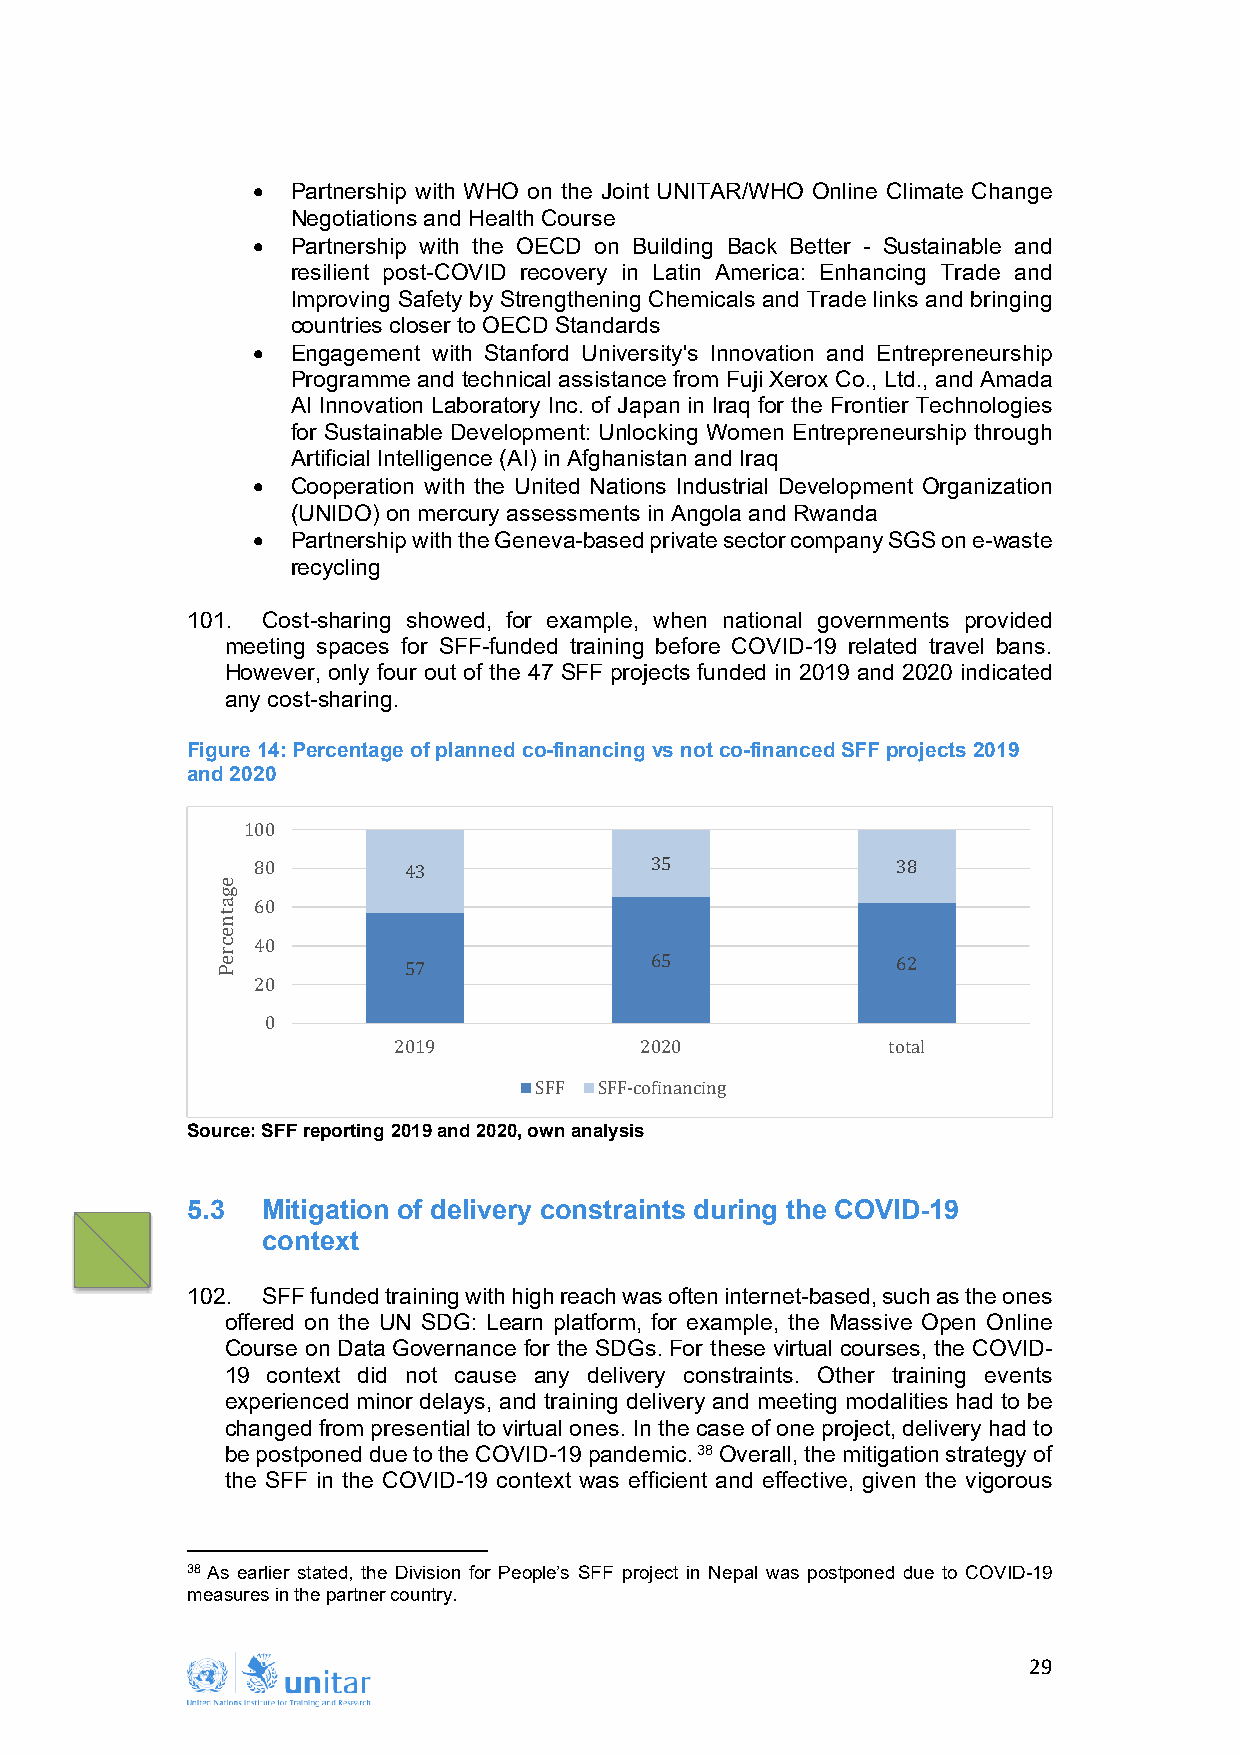
• Partnership with WHO on the Joint UNITAR/WHO Online Climate Change
 Negotiations and Health Course
 • Partnership with the OECD on Building Back Better - Sustainable and
 resilient post-COVID recovery in Latin America: Enhancing Trade and
 Improving Safety by Strengthening Chemicals and Trade links and bringing
 countries closer to OECD Standards
 • Engagement with Stanford University's Innovation and Entrepreneurship
 Programme and technical assistance from Fuji Xerox Co., Ltd., and Amada
 AI Innovation Laboratory Inc. of Japan in Iraq for the Frontier Technologies
 for Sustainable Development: Unlocking Women Entrepreneurship through
 Artificial Intelligence (AI) in Afghanistan and Iraq
 • Cooperation with the United Nations Industrial Development Organization
 (UNIDO) on mercury assessments in Angola and Rwanda
 • Partnership with the Geneva-based private sector company SGS on e-waste
 recycling
 101. Cost-sharing showed, for example, when national governments provided
 meeting spaces for SFF-funded training before COVID-19 related travel bans.
 However, only four out of the 47 SFF projects funded in 2019 and 2020 indicated
 any cost-sharing.
 Figure 14: Percentage of planned co-financing vs not co-financed SFF projects 2019
 and 2020
 100
 80        43              35              38
 60
 40
 57              65              62
 20
 0
 2019            2020             total
 Source: SFF reporting 2019 and 2020, oSwFnF anaSlFyFs-icso financing
 5.3  Mitigation of delivery constraints during the COVID-19
 context
 102. SFF funded training with high reach was often internet-based, such as the ones
 offered on the UN SDG: Learn platform, for example, the Massive Open Online
 Course on Data Governance for the SDGs. For these virtual courses, the COVID-
 19 context did not cause any delivery constraints. Other training events
 experienced minor delays, and training delivery and meeting modalities had to be
 changed from presential to virtual ones. In the case of one project, delivery had to
 be postponed due to the COVID-19 pandemic.38 Overall, the mitigation strategy of
 the SFF in the COVID-19 context was efficient and effective, given the vigorous
 38 As earlier stated, the Division for People’s SFF project in Nepal was postponed due to COVID-19
 measures in the partner country.
 29
 egatnecreP